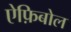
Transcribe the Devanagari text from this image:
ऐफ़िबोल